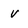
Character: V